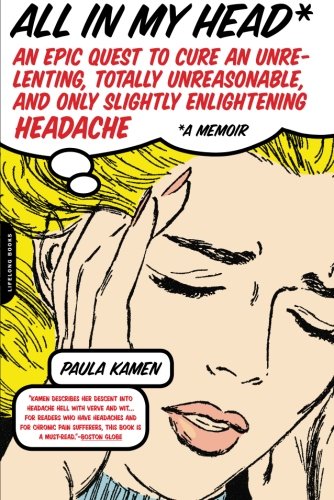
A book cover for All in My Head: An Epic Quest to Cure an Unrelenting, Totally Unreasonable, and Only Slightly Enlightening Headache; Paula Kamen; Health, Fitness & Dieting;